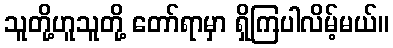
သူတို့ဟူသူတို့ တော်ရာမှာ ရှိကြပါလိမ့်မယ်။